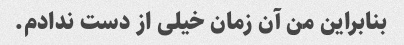
بنابراین من آن زمان خیلی از دست ندادم.